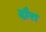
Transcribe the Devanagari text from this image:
दौरा